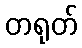
တရုတ်